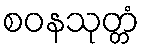
စဝနသုတ္တံ